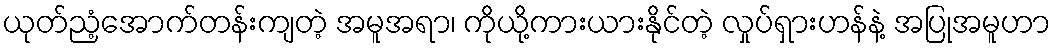
ယုတ်ညံ့အောက်တန်းကျတဲ့ အမူအရာ၊ ကိုယို့ကားယားနိုင်တဲ့ လှုပ်ရှားဟန်နဲ့ အပြုအမူဟာ